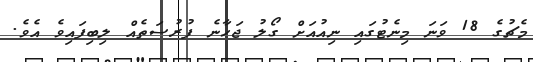
މެޗުގެ 18 ވަނަ މިނެޓުގައި ނިއުއަށް ގޯލު ޖަހާނެ ފުރުސަތެއް ލިބިފައިވެ އެވެ.